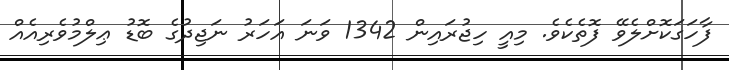
ފާހަގަކޮށްލެވޭ ފޮތެކެވެ. މިއީ ހިޖުރައިން 1342 ވަނަ އަހަރު ނަޖިދުގެ ބޮޑު ޢިލްމުވެރިއެއް